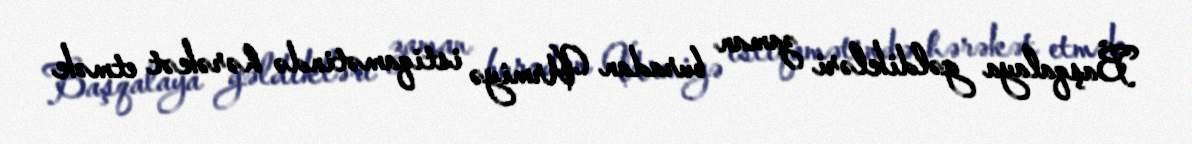
Başqalaya gəldikləri zaman buradan Urmiyə istiqamətində hərəkət etmək